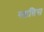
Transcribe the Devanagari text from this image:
स्तातिस